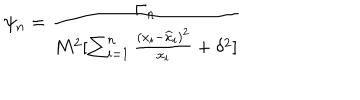
\psi _ { n } = { \frac { \Gamma _ { n } } { M ^ { 2 } [ \sum _ { i = 1 } ^ { n } { \frac { ( x _ { i } - { \widehat x } _ { i } ) ^ { 2 } } { x _ { i } } } + \delta ^ { 2 } ] } }